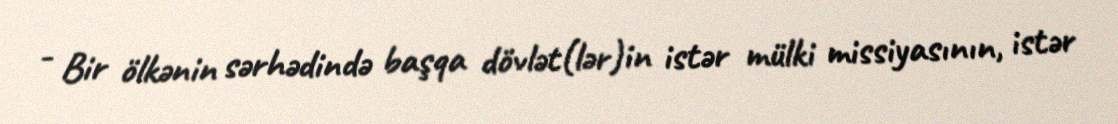
- Bir ölkənin sərhədində başqa dövlət(lər)in istər mülki missiyasının, istər